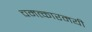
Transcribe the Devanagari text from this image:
चमत्कारमयी